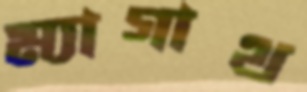
ম্যাগাথ